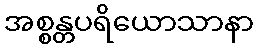
အစ္စန္တပရိယောသာနာ